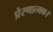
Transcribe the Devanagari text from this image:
प्रेरणात्मक।